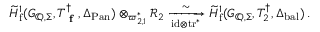
\widetilde { H } _ { \mathrm { f } } ^ { 1 } ( G _ { \mathbb { Q } , \Sigma } , T _ { \textup { \bf f } } ^ { \dagger } , \Delta _ { \mathrm { P a n } } ) \otimes _ { \varpi _ { 2 , 1 } ^ { * } } \mathcal { R } _ { 2 } \xrightarrow [ \mathrm { i d } \otimes \mathrm { t r } ^ { * } ] { \sim } \widetilde { H } _ { \mathrm { f } } ^ { 1 } ( G _ { \mathbb { Q } , \Sigma } , T _ { 2 } ^ { \dagger } , \Delta _ { \mathrm { b a l } } ) \, .